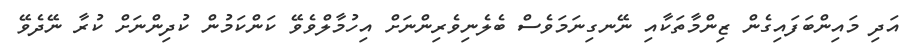
އަދި މައިންބަފައިގެން ޒިންމާތަކާއި ނޭނގިނަމަވެސް ބެލެނިވެރިންނަށް އިހުމާލްވެވޭ ކަންކަމުން ކުދިންނަށް ކުރާ ނޭދެވޭ